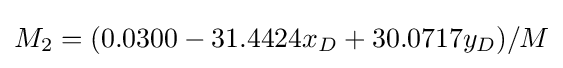
M_{2}=(0.0300-31.4424x_{D}+30.0717y_{D})/M